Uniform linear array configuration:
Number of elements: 32
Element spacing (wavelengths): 0.75
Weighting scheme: hann
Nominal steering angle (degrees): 15
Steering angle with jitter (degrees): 14.324
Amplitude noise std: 0.05
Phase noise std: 0.05

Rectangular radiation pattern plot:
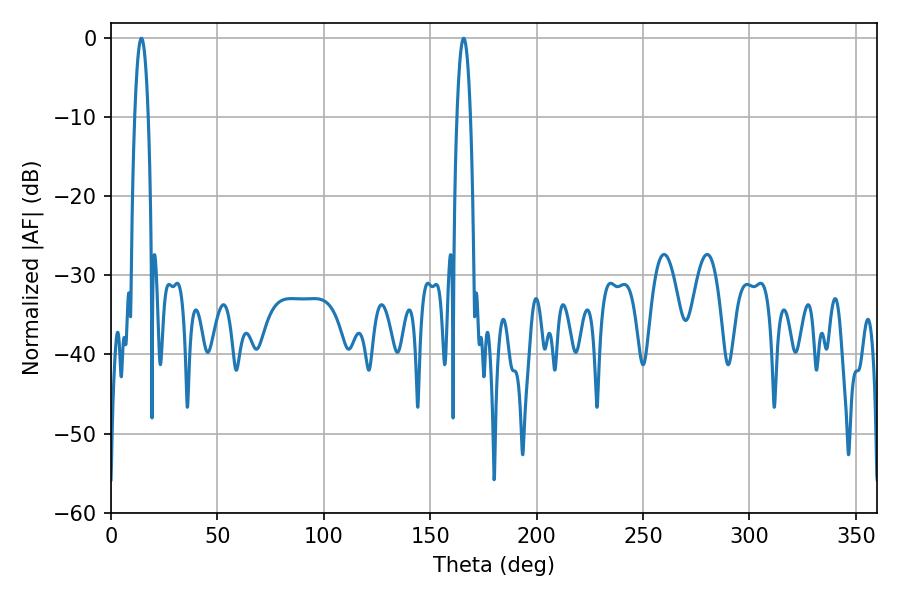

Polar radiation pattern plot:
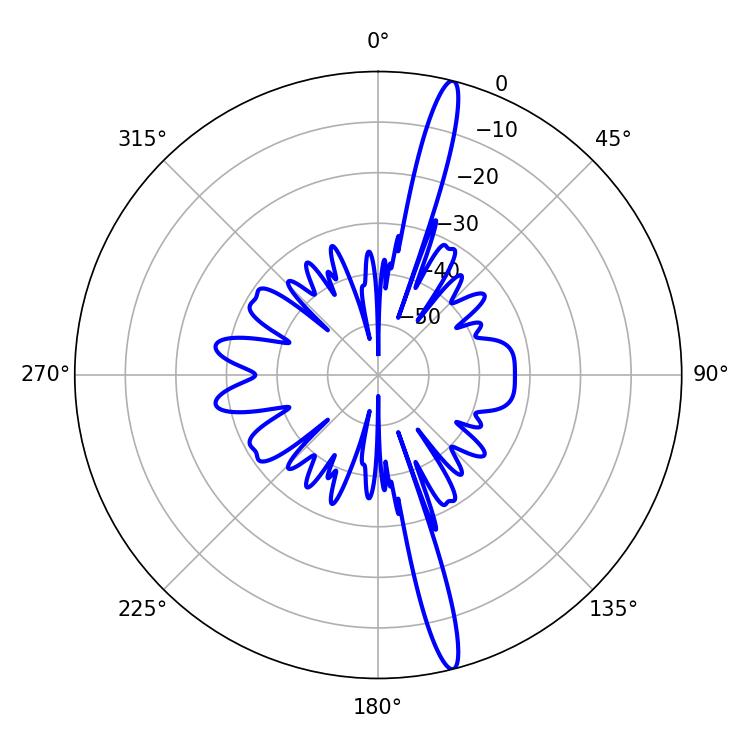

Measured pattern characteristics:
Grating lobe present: TRUE
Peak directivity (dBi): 17.907
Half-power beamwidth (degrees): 3.42
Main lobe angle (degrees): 14.22